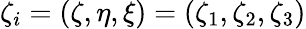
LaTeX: \zeta_{i}=(\zeta,\eta,\xi)=(\zeta_{1},\zeta_{2},\zeta_{3})